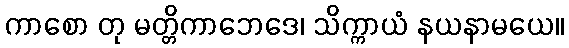
ကာစော တု မတ္တိကာဘေဒေ၊ သိက္ကာယံ နယနာမယေ။